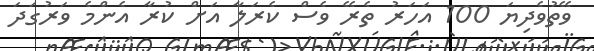
ވޭތުވެދިޔަ 100 އަހަރު ތެރޭ ވެސް ކެރަލާ އަށް ކުރާ އެންމެ ވަރުގަދަ